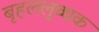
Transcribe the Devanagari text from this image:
बृहललुब्धक